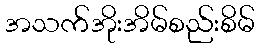
အသက်အိုးအိမ်စည်းစိမ်